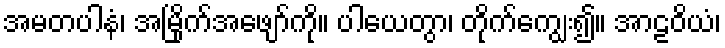
အမတပါနံ၊ အမြိုက်အဖျော်ကို။ ပါယေတွာ၊ တိုက်ကျွေး၍။ အာဠဝိယံ၊